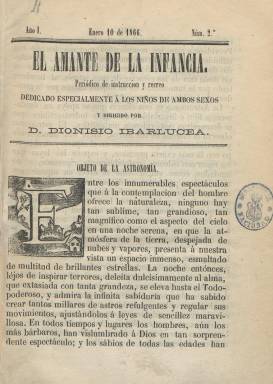
Título: El Amante de la infancia
Colección: Revistas infantiles
Ámbito geográfico: Navarra
Lugar de publicación: Pamplona
Fechas: 10/01/1866-20/12/1867

Considerado como el primer periódico que se publica en Estella y el primero también especializado en educación en Navarra. Aparece su primer número el uno de enero de 1866, siendo su fundador, director y principal redactor Dionisio Ibarlucea Unchalo (1831-1903), maestro de Instrucción Primaria que ejerce en esos momentos en las escuelas municipales de Estella, aunque el periódico será estampado en la pamplonesa Imprenta de Sisto Díaz de Espada, que aparece también indicado como su editor responsable. Según Chivelet (2009), en 1864 había aparecido este mismo título en Logroño.

Su frecuencia será decenal, saliendo los días 1, 10 y 20 de cada mes, aunque al principio algunos de esos días no apareció, y lo hace en entregas, generalmente de dieciséis páginas, aunque a veces sean de doce y algún número sólo de cuatro páginas, compuestas a una columna. Su paginación será continuada cada año. En 1866, publica 36 números, que suman 472 páginas,  más otras con un índice de sus sumarios; y otros 36, en 1867, con un total de 448 páginas. Debió tirar también los primeros siete números de 1868 en la Imprenta Provincial, a cargo de F.J. Cancela, cuando se promociona con el epígrafe “Recomendado por varios Srs. Obispos y Gobernador Civil”. La colección de este título de la Biblioteca Nacional de España solo contiene sus dos primeros años, faltándole su primer número.

Su subtítulo es “periódico de instrucción y recreo dedicado especialmente a los niños de ambos sexos”, y publica artículos o lecciones sobre la utilidad de la lectura, la urbanidad, reglas de ortografía, de geometría, física, química, astronomía, historia natural y sagrada, economía doméstica, viajes, religión o de aritmética, ejercicios sobre esta materia, de gramática o de historia de España, biografías, adivinanzas, epigramas, pensamientos morales, charadas, máximas o consejos, así como textos de creación literaria, tanto en prosa (cuentos morales, fábulas, diálogos, etc.) como en verso. Usa a veces pequeños grabados en sus capitulares y otros en sus jeroglíficos.

En sus páginas colaboran personajes de la vida cultural estellesa, de ideología conservadora, como el entonces capellán de las benedictinas José María Arrastia, el que llegará a ser diputado conservador por Estella Enrique Ochoa, Pancracia Ibarra de Cintora, Silvia Cintora, , Santiago Laman o el doctor Iturria, además publica trabajos el canónigo de León, Sebastián Urra, o, desde Bilbao, el maestro Leonardo Rojas Goicoechea (autor en el número del 20 de mayo de 1867 del largo romance La antigua y noble Vasconia), apareciendo también las firmas de Eduarda Moreno y Morales, Felipe de Jacinto Sala, J. Díaz Servet o Juan Manuel de Berriozábal, marqués de Casajara.

Ibarlucea fue además un prolífico autor de manuales escolares y obras pedagógicas sobre diversas materias, con unos 36 títulos. Bibliografía de referencia, además de la citada, son los trabajos Prensa navarra, siglos XVIII y XIX (1977), de Juan María Lecea Yábar; Publicaciones periódicas estellesas (1990), de Javier Itúrbide; Periódicos navarros del siglo XIX (1993), de Gabriel Imbuluzqueta Alcasena, y el de Francisco Soto Alfaro sobre Manuales escolares en Navarra (2015).